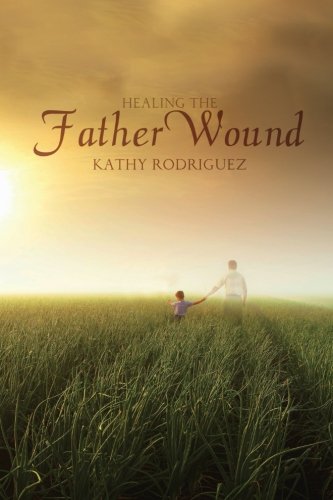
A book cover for Healing the Father Wound; Kathy Rodriguez; Parenting & Relationships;